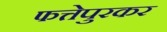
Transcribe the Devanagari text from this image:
फत्तेपुरकर